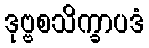
ဒုဗ္ဗစသိက္ခာပဒံ